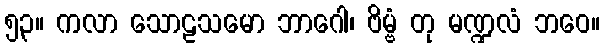
၅၃။ ကလာ သောဠသမော ဘာဂေါ၊ ဗိမ္ဗံ တု မဏ္ဍလံ ဘဝေ။